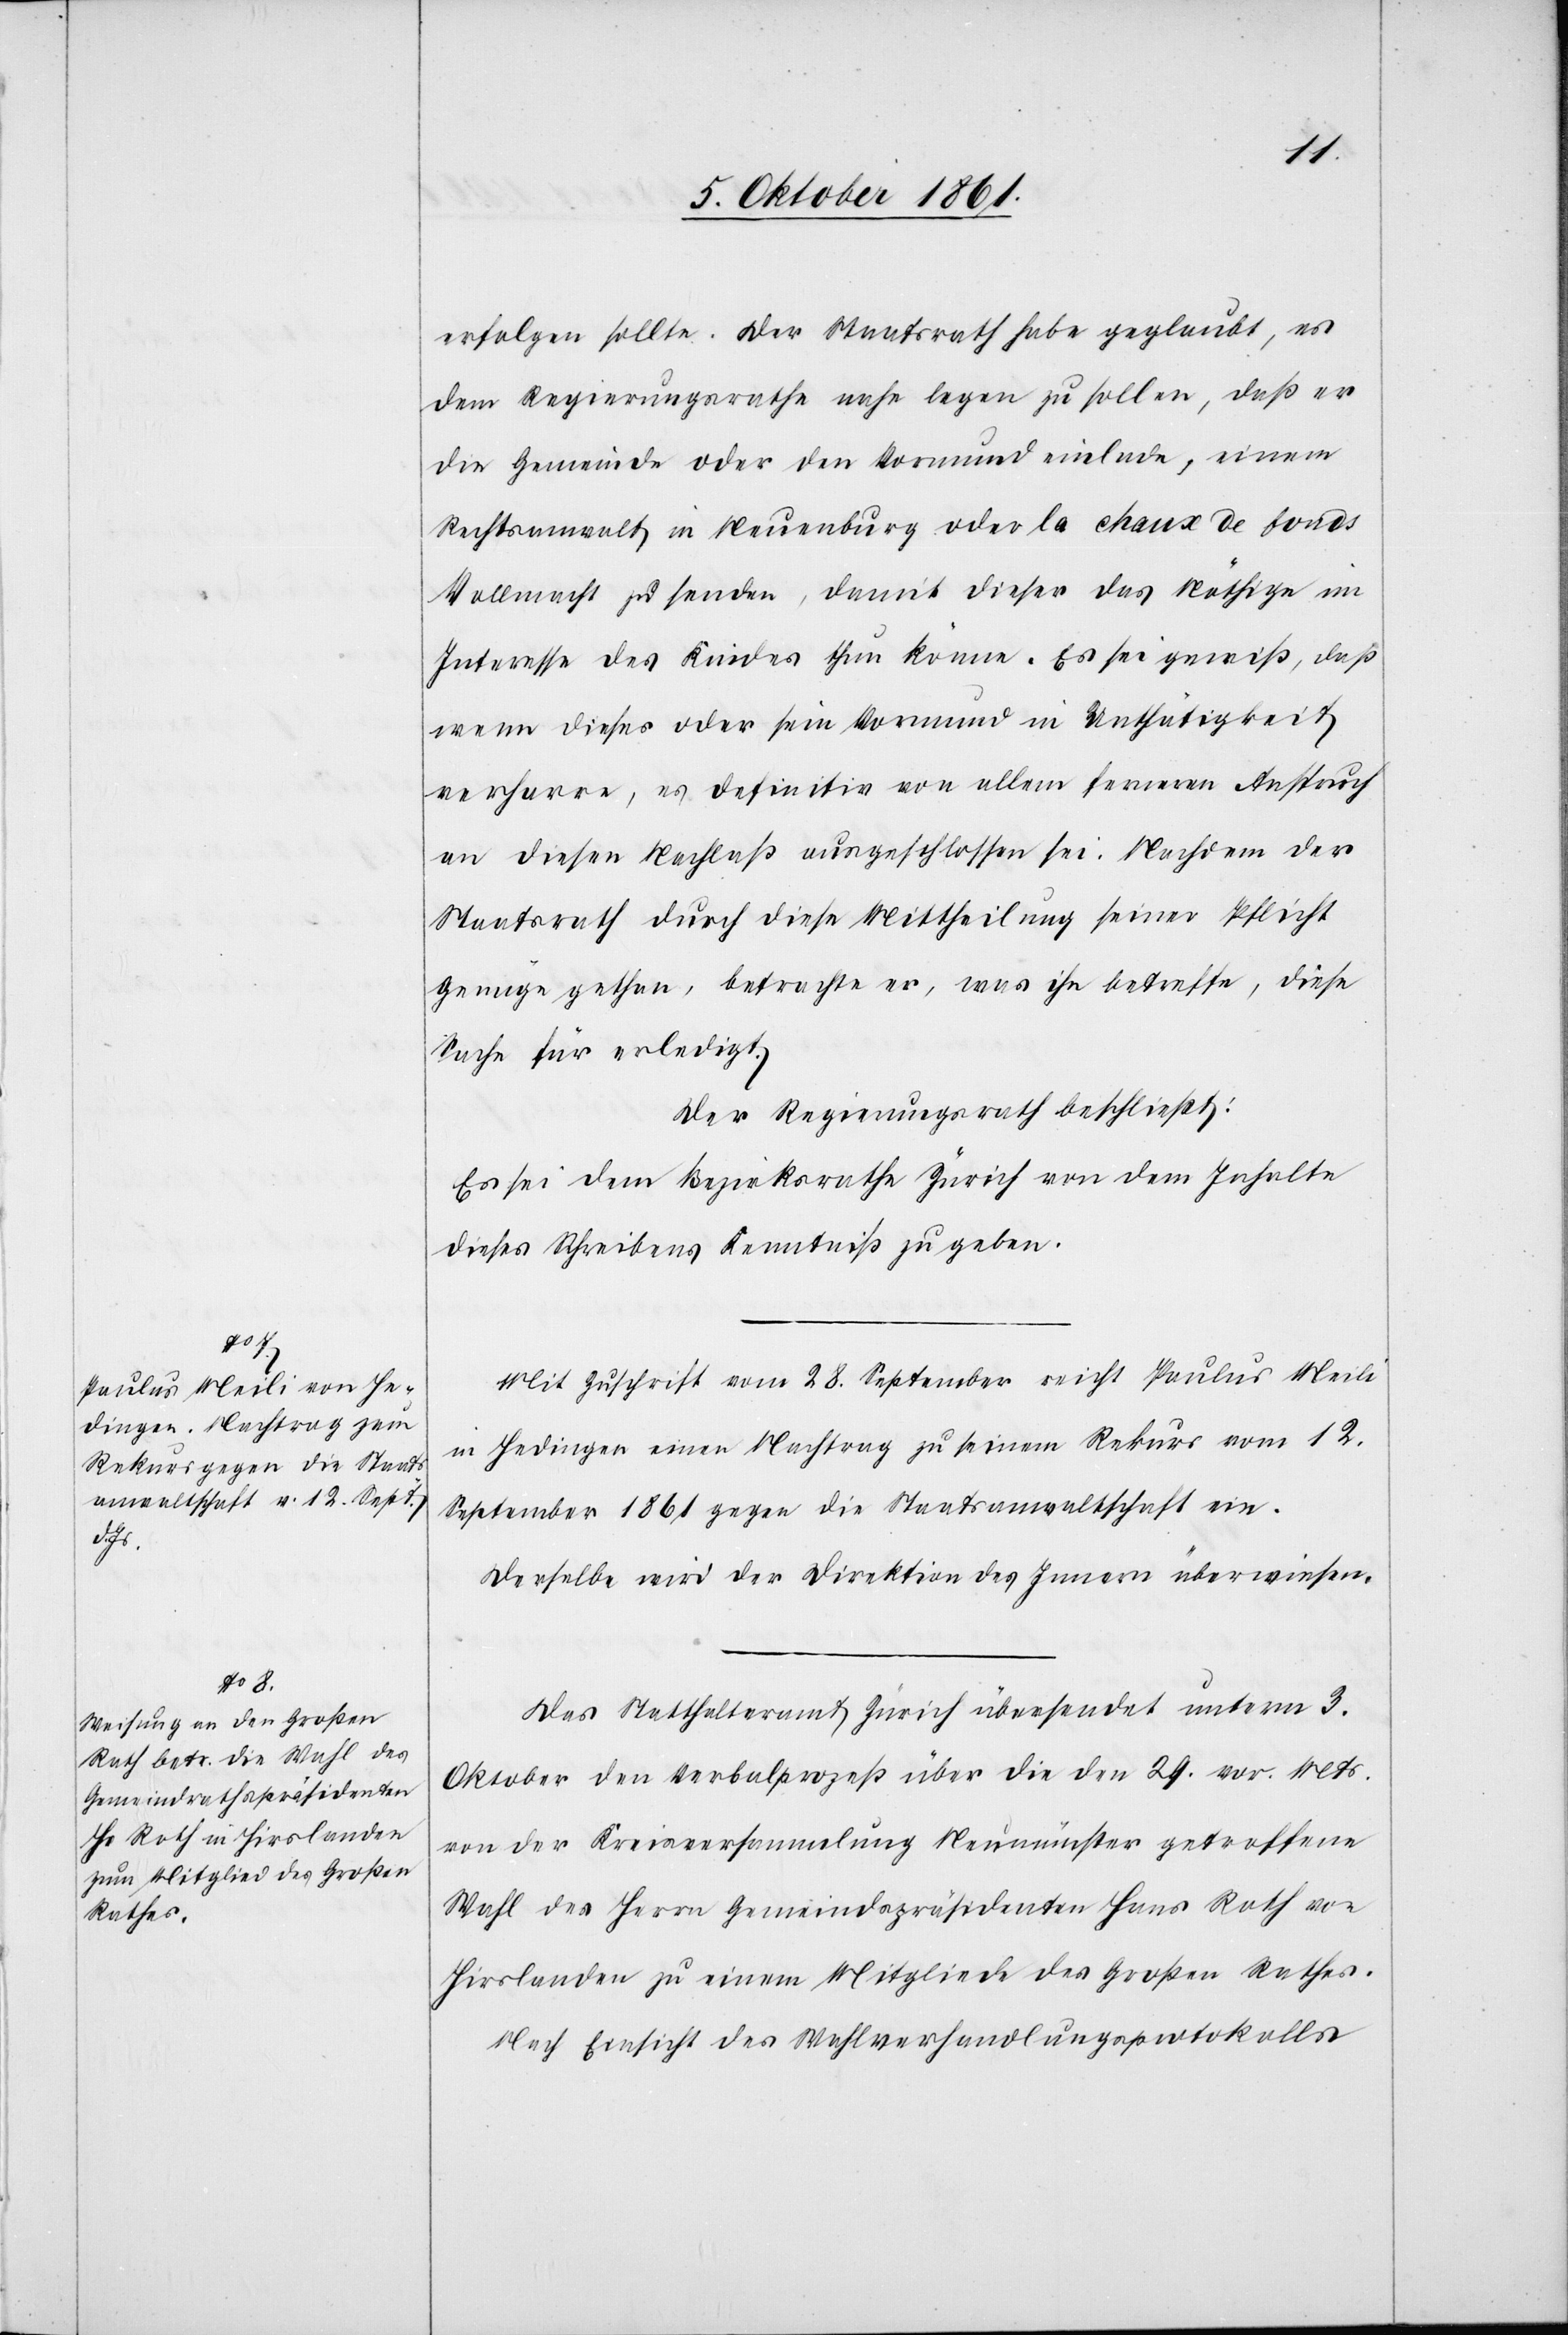
erfolgen sollte. Der Staatsrath habe geglaubt, es
dem Regierungsrathe nahe legen zu sollen, daß er
die Gemeinde oder den Vormund einlade, einem
Rechtsanwalt in Neuenburg oder la chaux de fonds
Vollmacht zu senden, damit dieser das nöthige im
Interesse des Kindes thun könne. Es sei gewiß, daß
wenn dieses oder sein Vormund in Unthätigkeit
verharre, es definitiv von allem ferneren Anspruch
an diesen Nachlaß ausgeschlossen sei: Nachdem der
Staatsrath durch diese Mittheilung seiner Pflicht
genüge gethan, betrachte er, was ihn betreffe, diese
Sache für erledigt.
Der Regierungsrath beschließt:
Es sei dem Bezirksrathe Zürich von dem Inhalte
dieses Schreibens Kenntniß zu geben.
Mit Zuschrift vom 28 September reicht Paulus Meili
in Hedingen einen Nachtrag zu seinem Rekurs vom 12
September 1861 gegen die Staatsanwaltschaft ein.
Derselbe wird der Direktion des Innern überwiesen.
Das Statthalteramt Zürich übersendet unterm 3
Oktober den Verbalprozeß über die den 24 v. Mts.
von der Kreisversammlung Neumünster getroffene
Wahl des Herrn Gemeindspräsidenten Hans Rolf von
Hirslanden zu einem Mitgliede des Großen Rathes.
Nach Einsicht des Wahlverhandlungsprotokolls